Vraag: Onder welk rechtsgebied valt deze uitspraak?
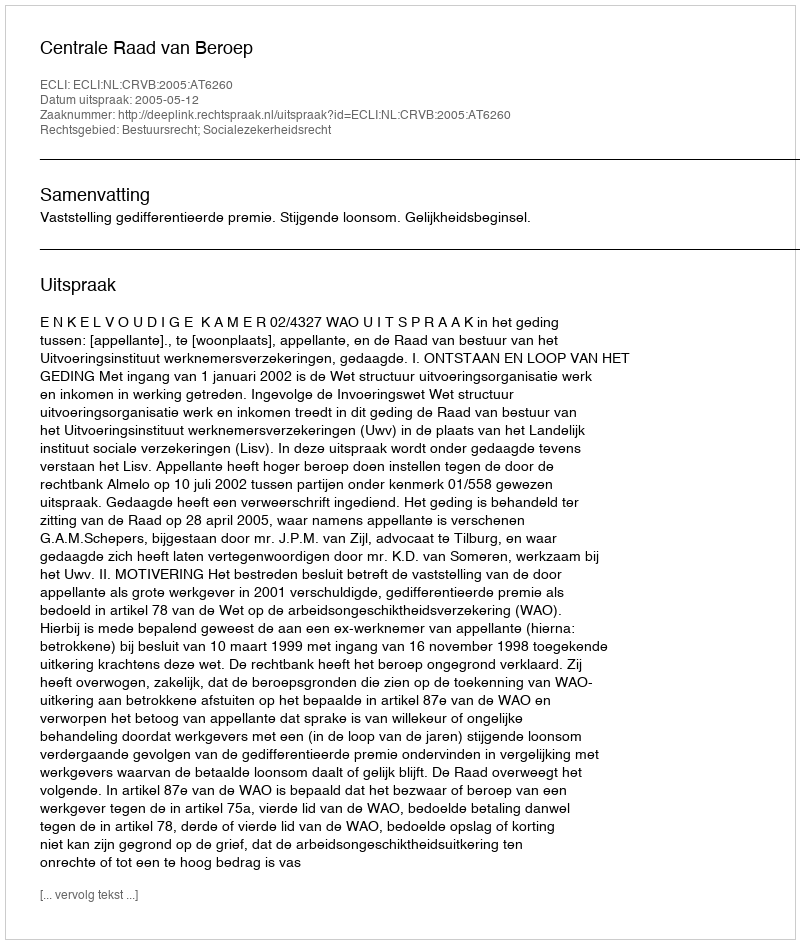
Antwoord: Bestuursrecht; Socialezekerheidsrecht